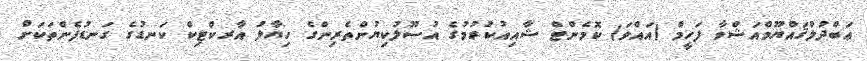
ޢަބްދުލްޤައްޔޫމްއަޝްވާ ފަހީމް (އައްވަ) ކޮމެންޓް ޝާއިއުކުރުމުގެ އުސޫލުކިޔުންތެރިންގެ ހިޔާލު އާރކްޓިކް ކަނޑުގެ ގަނޑުފެންތަކަށް